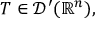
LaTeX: T \in { \mathcal { D } } ^ { \prime } ( \mathbb { R } ^ { n } ) ,